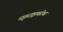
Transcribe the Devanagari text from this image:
धृतराष्ट्राबरोबर